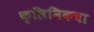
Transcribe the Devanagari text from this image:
क्लिनिकचा